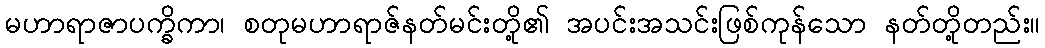
မဟာရာဇာပက္ခိကာ၊ စတုမဟာရာဇ်နတ်မင်းတို့၏ အပင်းအသင်းဖြစ်ကုန်သော နတ်တို့တည်း။